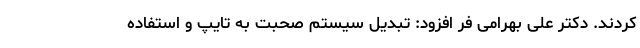
کردند. دکتر علی بهرامی فر افزود: تبدیل سیستم صحبت به تایپ و استفاده